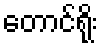
တောင်ရိုး